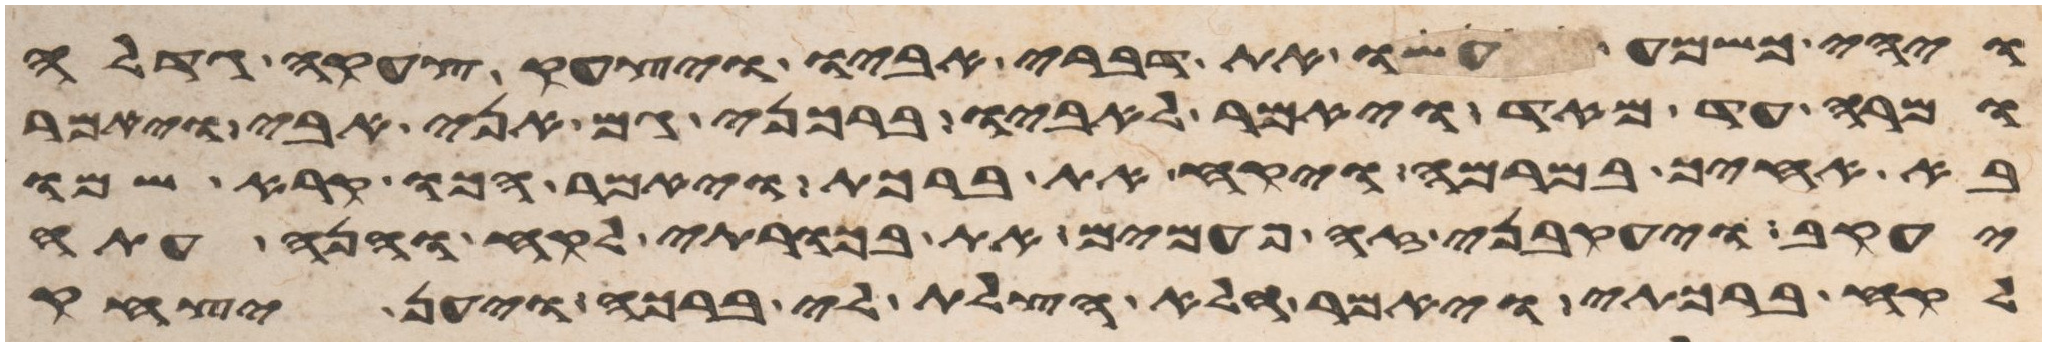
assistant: ויהי כשמע עשו את דברי אביו ויצעק צעקה גדלה
ומרה עד מאד ויאמר לאביו ברכני גם אני אבי ויאמר
בא אחיך במרמה ויקח את ברכתך ויאמר הכו קרא שמו
יעקב ויעקבני זה פעמים את בכרתי לקח והנה עתה
לקח ברכתי ויאמר הלא הצלת לי ברכה ויען יצחק